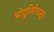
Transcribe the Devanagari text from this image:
भोंदूगिरीपासून